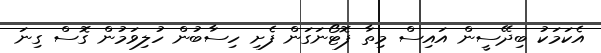
އެކަމަކު ބިދޭސީން އައިސް މިތާ ފޮޓޯނަގަން ފެށި ހިސާބުން ހުލިވަމުން ގޮސް ގިނަ